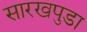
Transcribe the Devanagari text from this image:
सारखपुडा